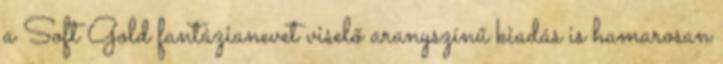
a Soft Gold fantázianevet viselő aranyszínű kiadás is hamarosan